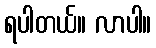
ရပါတယ်။ လာပါ။